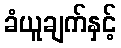
ခံယူချက်နှင့်